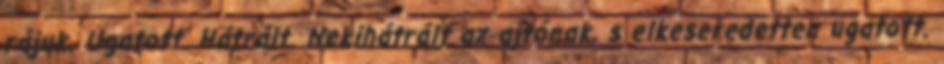
rájuk. Ugatott. Hátrált. Nekihátrált az ajtónak, s elkeseredetten ugatott.